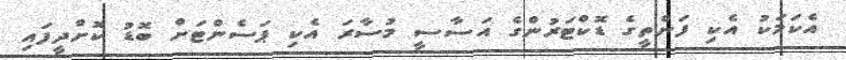
އެކަމަކު އެކި ފަންތީގެ ޑޮކްޓަރުންގެ އަސާސީ މުސާރަ އެކި ޕަސެންޓަށް ބޮޑު ކޮށްދީފައި